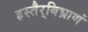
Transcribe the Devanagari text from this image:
हस्तैर्‌बिभ्राणं